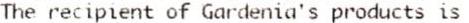
THE RECIPIENT OF GARDENIA'S PRODUCTS IS